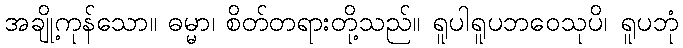
အချို့ကုန်သော။ ဓမ္မာ၊ စိတ်တရားတို့သည်။ ရူပါရူပဘဝေသုပိ၊ ရူပဘုံ